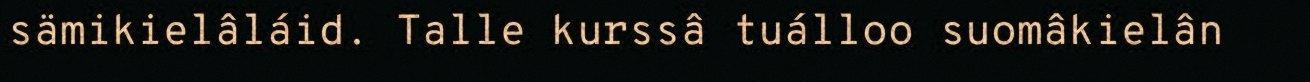
sämikielâláid. Talle kurssâ tuálloo suomâkielân